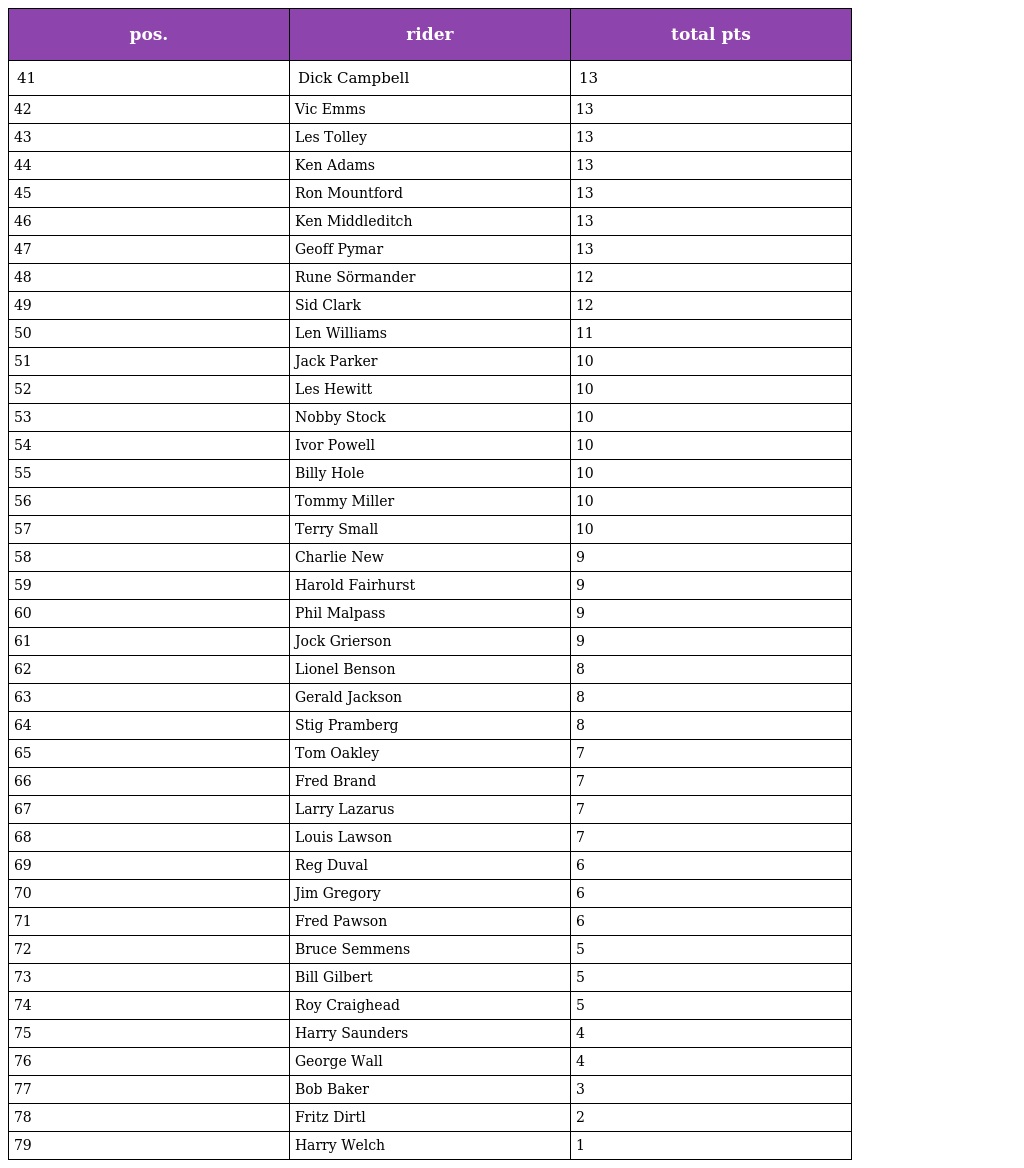
| pos. | rider | total pts |
 | --- | --- | --- |
 | 41 | Dick Campbell | 13 |
 | 42 | Vic Emms | 13 |
 | 43 | Les Tolley | 13 |
 | 44 | Ken Adams | 13 |
 | 45 | Ron Mountford | 13 |
 | 46 | Ken Middleditch | 13 |
 | 47 | Geoff Pymar | 13 |
 | 48 | Rune Sörmander | 12 |
 | 49 | Sid Clark | 12 |
 | 50 | Len Williams | 11 |
 | 51 | Jack Parker | 10 |
 | 52 | Les Hewitt | 10 |
 | 53 | Nobby Stock | 10 |
 | 54 | Ivor Powell | 10 |
 | 55 | Billy Hole | 10 |
 | 56 | Tommy Miller | 10 |
 | 57 | Terry Small | 10 |
 | 58 | Charlie New | 9 |
 | 59 | Harold Fairhurst | 9 |
 | 60 | Phil Malpass | 9 |
 | 61 | Jock Grierson | 9 |
 | 62 | Lionel Benson | 8 |
 | 63 | Gerald Jackson | 8 |
 | 64 | Stig Pramberg | 8 |
 | 65 | Tom Oakley | 7 |
 | 66 | Fred Brand | 7 |
 | 67 | Larry Lazarus | 7 |
 | 68 | Louis Lawson | 7 |
 | 69 | Reg Duval | 6 |
 | 70 | Jim Gregory | 6 |
 | 71 | Fred Pawson | 6 |
 | 72 | Bruce Semmens | 5 |
 | 73 | Bill Gilbert | 5 |
 | 74 | Roy Craighead | 5 |
 | 75 | Harry Saunders | 4 |
 | 76 | George Wall | 4 |
 | 77 | Bob Baker | 3 |
 | 78 | Fritz Dirtl | 2 |
 | 79 | Harry Welch | 1 |